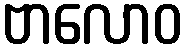
ဗာလောဝ